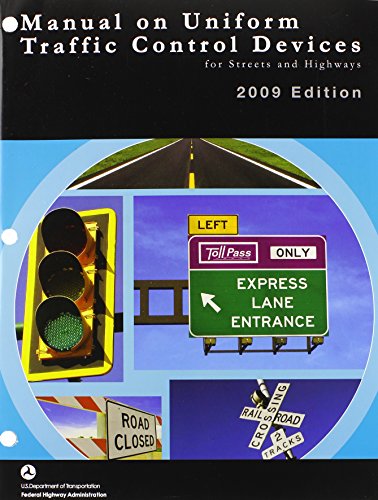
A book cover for Manual on Uniform Traffic Control Devices 2009 Paperbound; Federal Highway Administration; Engineering & Transportation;